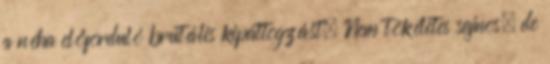
a néha előforduló brutális kipattogzást. Nem tökéletes sajnos, de